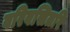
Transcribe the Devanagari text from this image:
वरिवसितरि